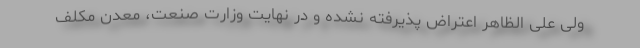
ولی علی الظاهر اعتراض پذیرفته نشده و در نهایت وزارت صنعت، معدن مکلف